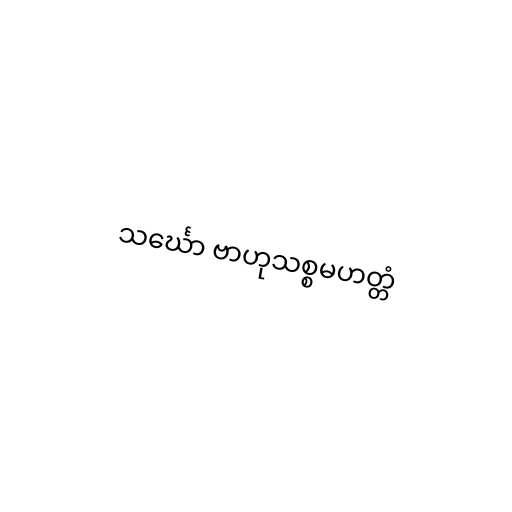
သင်္ဃော ဗာဟုသစ္စမဟတ္တံ